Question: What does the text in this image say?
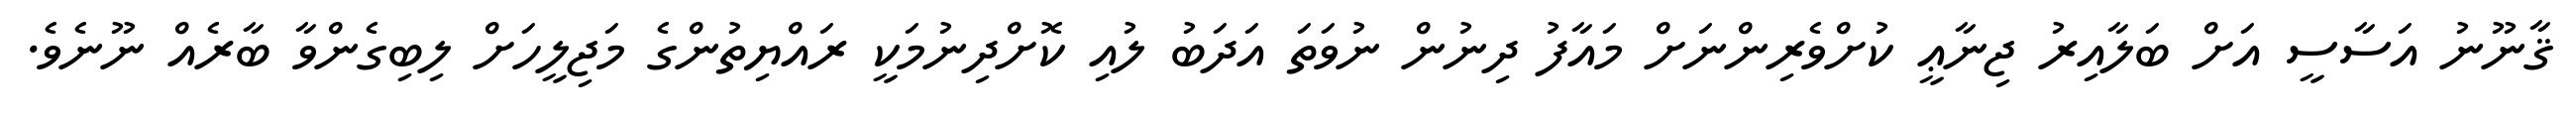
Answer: ޤާނޫނު އަސާސީ އަށް ބަލާއިރު ޖިނާޢީ ކުށްވެރިންނަށް މައާފު ދިނުން ނުވަތަ އަދަބު ލުއި ކޮށްދިނުމަކީ ރައްޔިތުންގެ މަޖިލީހަށް ލިބިގެންވާ ބާރެއް ނޫނެވެ.